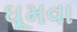
ઘૂમવા